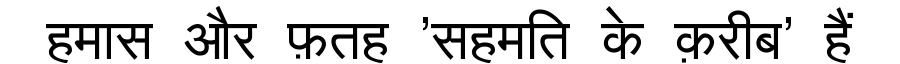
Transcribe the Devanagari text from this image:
हमास और फ़तह 'सहमति के क़रीब' हैं